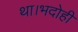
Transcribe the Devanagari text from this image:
था।भदोही